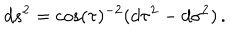
d s ^ { 2 } = \cos ( \tau ) ^ { - 2 } ( d \tau ^ { 2 } - d \sigma ^ { 2 } ) \, .